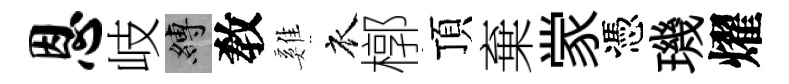
恩岐縛敎雞衣槨頂棄䝉憑璣燿